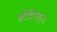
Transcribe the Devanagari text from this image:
श्रीविष्णूला